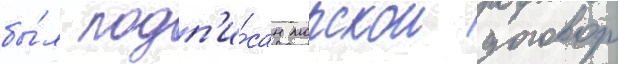
бы́л подп'и́сан морскои договор